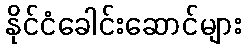
နိုင်ငံခေါင်းဆောင်များ